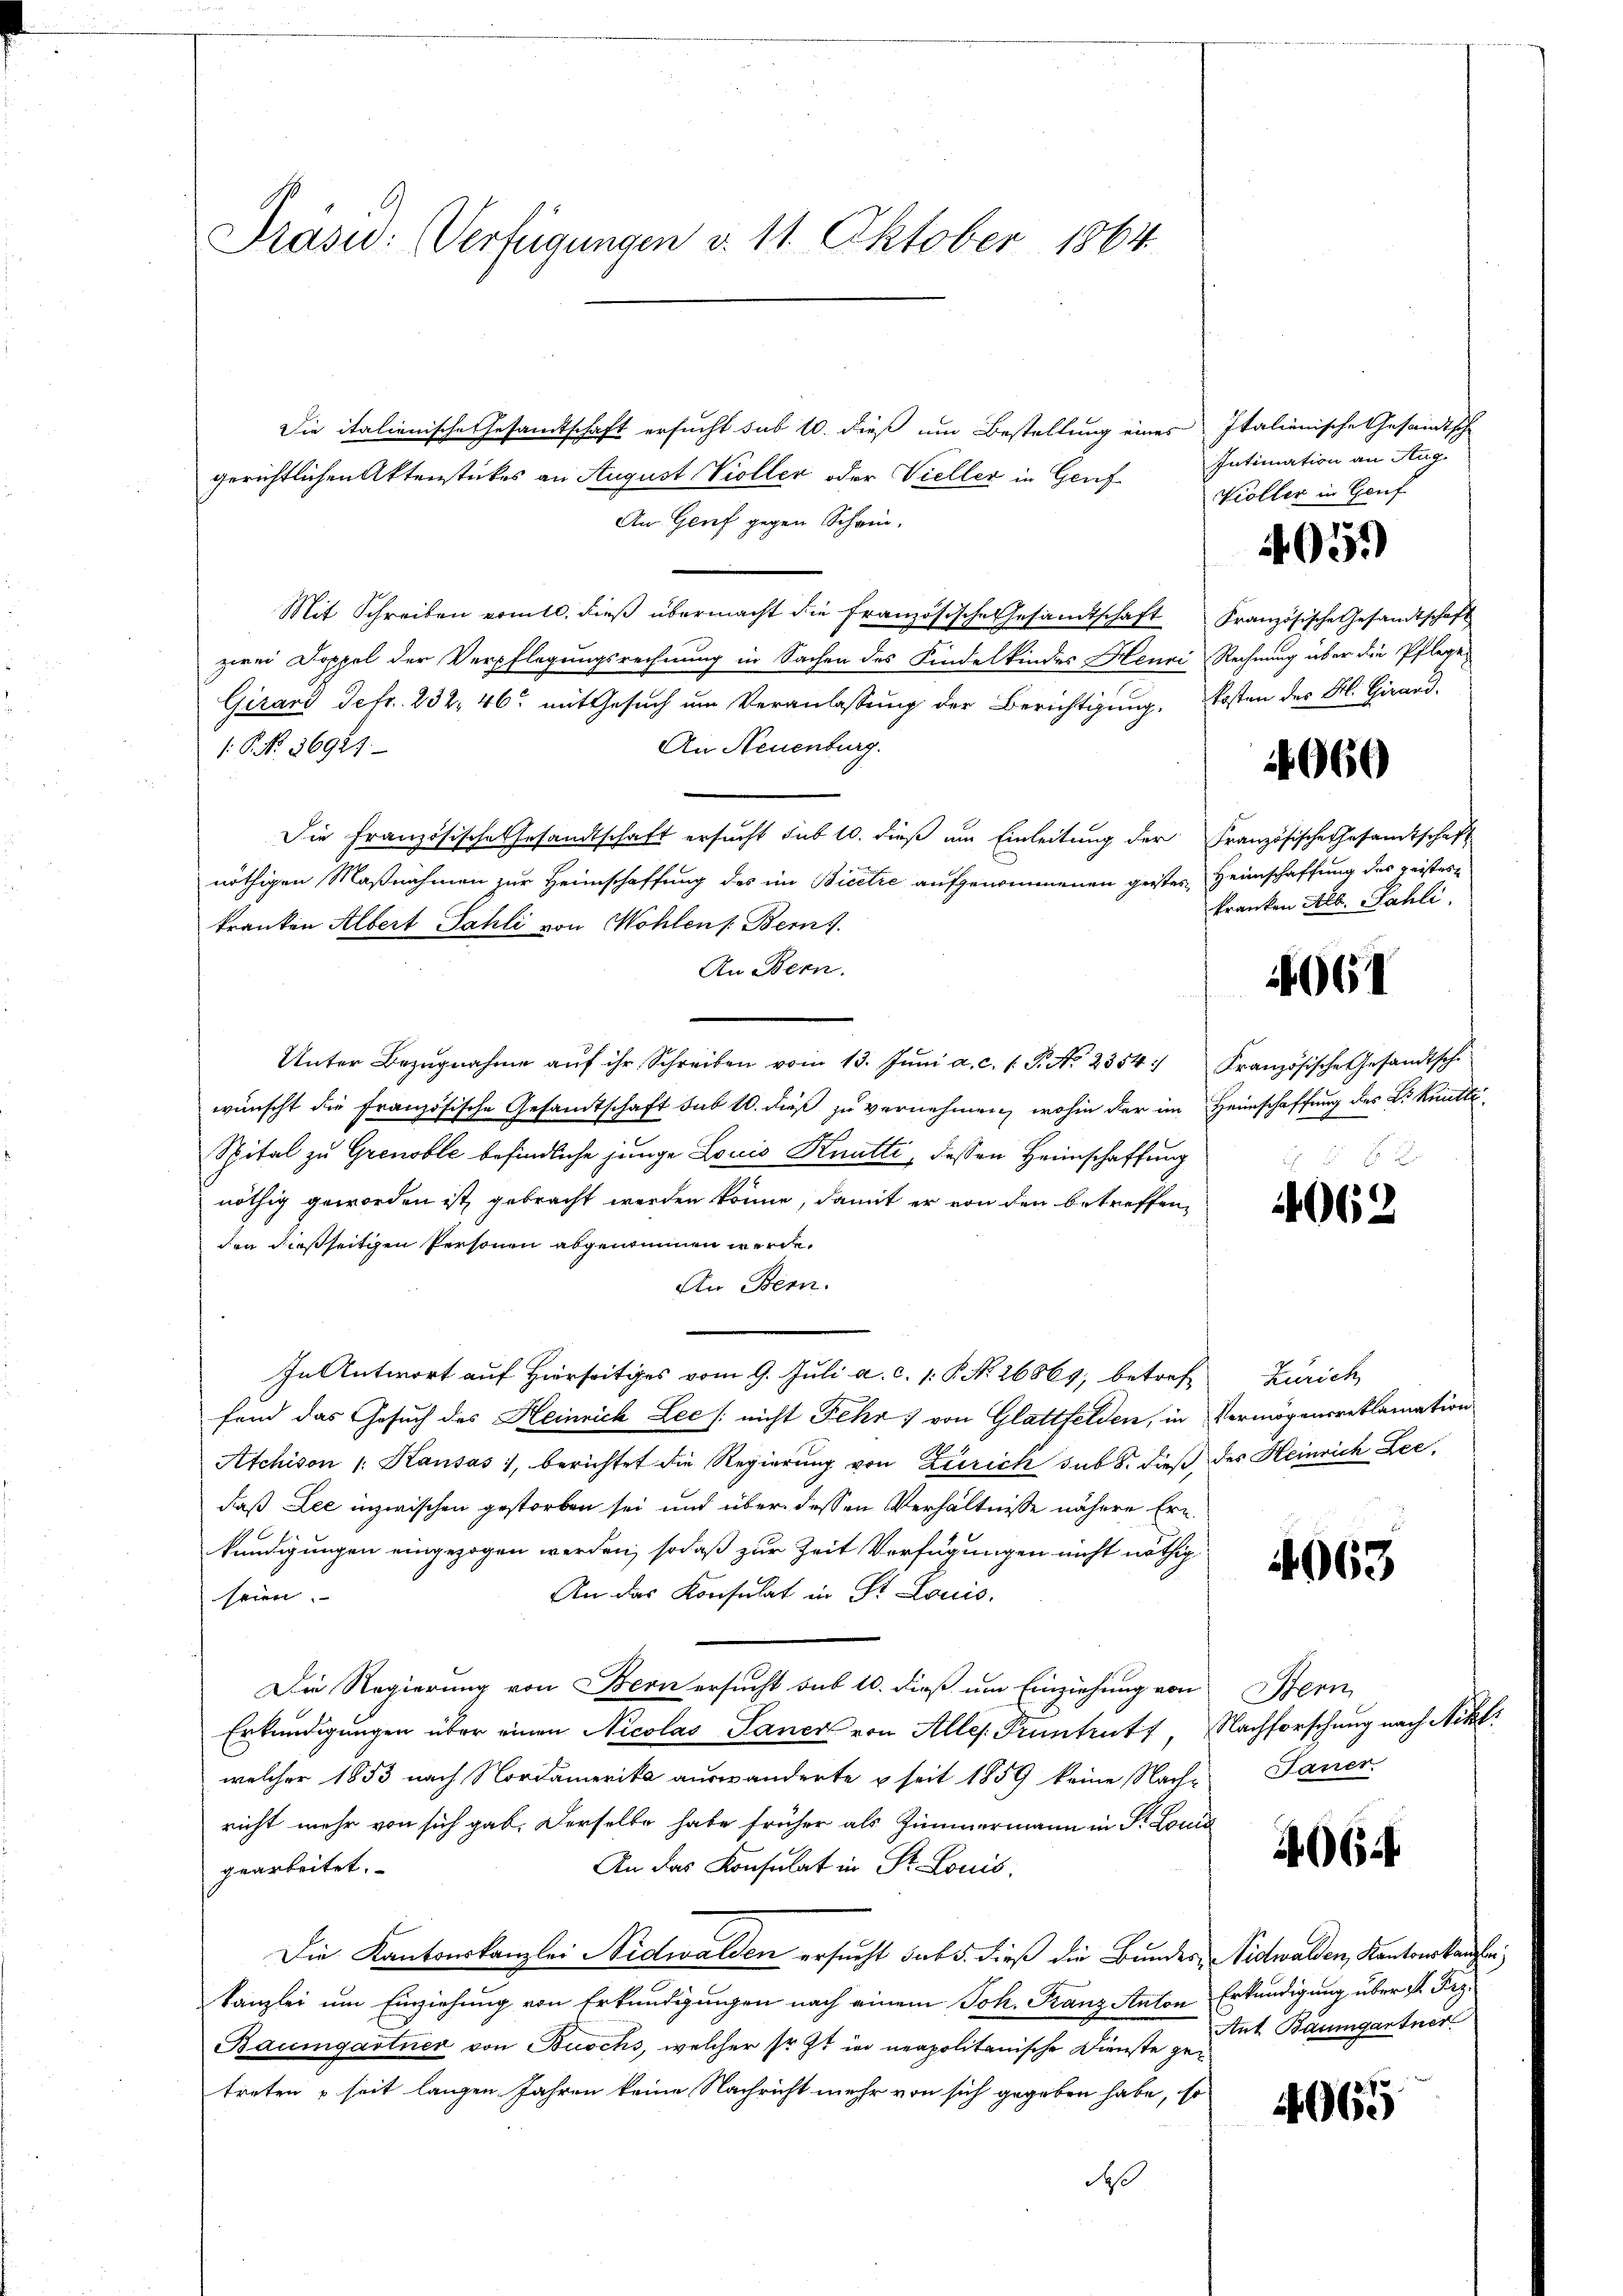
Praswo: Verfügungen d. 11. Oktober 1864

Die italienische Gesandtschaft ersucht sub 10. dieß um Bestellung eines Italienische Gesamtsche
gerichtlichen Aktenstückes an August Koller oder Vieller in Genf
An Genf gegen Schein¬
Mit Schreiben vomtl. dieß übermacht die französische Gesandtschaft Französische Gesandtschaft
zwei Doppel der Verpflegungsrechnung in Sachen des Kindelkindes Henri Rechnung über die Pfleger
Girard Sefr. 232, 46 mit Gesuch um Veranlassung der Berichtigung, Kosten der Kl. Girard-
An Neuenburg.
 P. No. 36927.
Die französische Gesandtschaft ersucht sub 10. dieß am Einleitung der Französische Gesamtschaft
nöthigen Maßnahmen zur Heimschaffung des im Bicetre aufgenommenen geistes Heimschaffung des geistere
kranken Albert Sahli von Wohlen /: Berns
An Bern.
Unter Bezŭgnahme aŭf ihr Schreiben vom 13. Jŭni a. c. s. S. No. 2354. Französische Gesandtsch.
wünscht die Französische Gesandtschaft sub 10. dieß zu vernehmen, wohin der im Heimschaffung des Dr Knitte
Spital zu Grenoble befindliche junge Locio Knutti, dessen Heimschaffung
nöthig geworden ist, gebracht werden könne, damit er von den betreffenden dießseitigen Personen abgenommen werde.
An Bern.
In Antwort auf Hierseitiges vom 9. Juli a. c. 1. P. No 26869; betref
fend das Gesuch des Heinrich Lee /: nicht Fehr) von Glattfelden, in Vermögensreklamation
Atchison 1. Kausas, berichtet die Regierung von Zürich sub b. dieß des Heinrich Leedaß Lee inzwischen gestorben sei und über dessen Verhältnisse nähere Ern
kündigungen eingezogen werden, sodaß zur Zeit Verfügungen nicht nöthig
An das Konsulat in St. Louis.
seien.
Die Regierung von Bern ersucht sub 10. dieß um Einziehung von
Erkundigungen über einen Nicolas Saner von Alles. Pruntrut, Nachforschung nach Nikl
welcher 1853 nach Nordamerika auswanderte u seit 1859 keine Nachricht mehr von sich gab. Derselbe habe früher als Zimmermann in Fr. Louis
An das Konsulat in St. Louis
gearbeitet.
Die Kantonskanzlei Nidwalden ersucht das 5. dieß die Bundes, Nidwalden, Kantonskanzlei
kanzlei um Einziehung von Erkundigungen nach einem Joh. Franz Anton Erkundigung über K. Frz.
Baumgartner von Buochs, welcher sr. Zt in neapolitanische Dienste getreten u seit langen Jahren keine Nachricht mehr von sich gegeben habe, so
daß

Intimation an Aug.
Violler in Gouf

4059

4960

kranken Alb. Sahli

4061

062

Zürich

963

Bern
Janer.

0624

Ant Baumgartner

4065